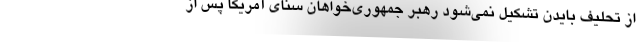
از تحلیف بایدن تشکیل نمی‌شود رهبر جمهوری‌خواهان سنای آمریکا پس از